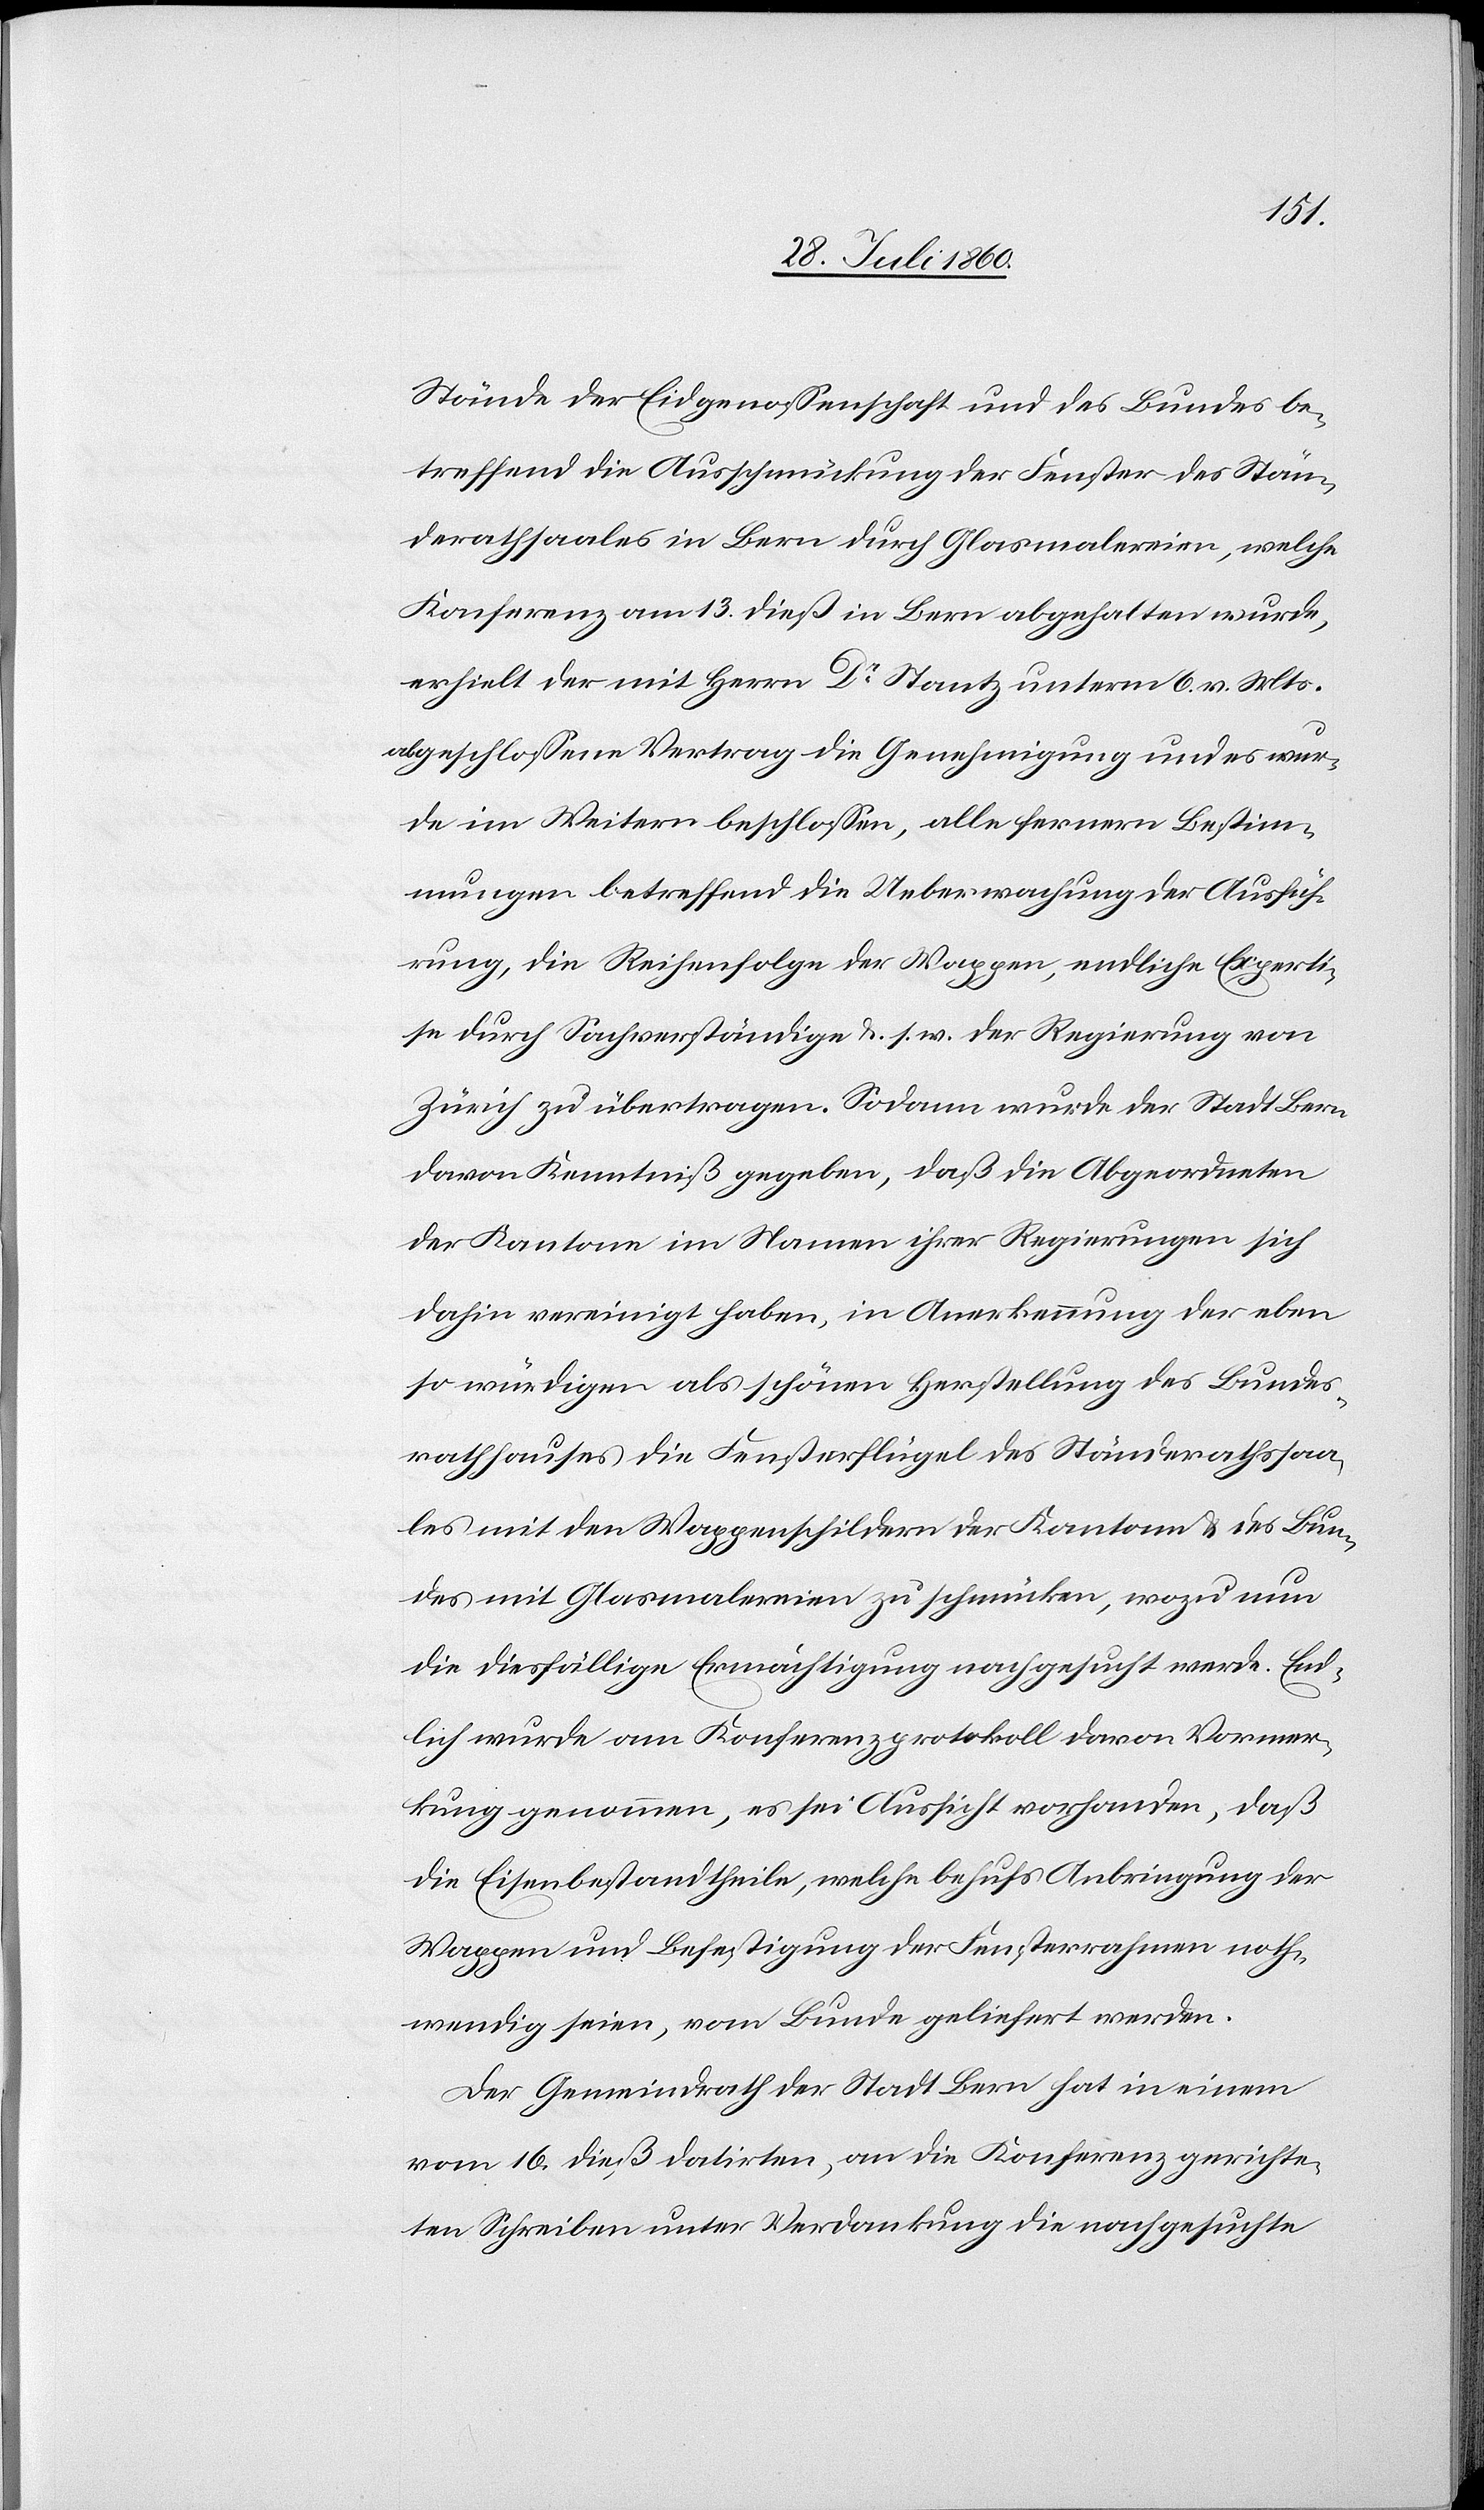
Stände der Eidgenossenschaft und des Bundes be¬
treffend die Ausschmückung der Fenster des Stän¬
derathsaales in Bern durch Glasmalereien, welche
Konferenz am 13. dß. in Bern abgehalten wurde,
erhielt der mit Herrn Dr Stantz unterm 6. v. Mts.
abgeschlossene Vertrag die Genehmigung und es wur¬
de im Weitern beschlossen, alle fernern Bestim¬
mungen betreffend die Ueberwachung der Ausfüh¬
rung, die Reihenfolge der Wappen, endliche Experti¬
se durch Sachverständige u. s. w. der Regierung von
Zürich zu übertragen. Sodann wurde der Stadt Bern
davon Kenntniss gegeben, dass die Abgeordneten
der Kantone im Namen ihrer Regierungen sich
dahin vereinigt haben, in Anerkennung der eben
so würdigen als schönen Herstellung des Bundes¬
rathhauses die Fensterflügel des Ständerathssaa¬
les mit den Wappenschildern der Kantone und des Bun¬
des mit Glasmalereien zu schmücken, wozu nun
die diesfällige Ermächtigung nachgesucht werde. End¬
lich wurde am Konferenzprotokolle davon Vormer¬
kung genommen, es sei Aussicht vorhanden, dass
die Eisenbestandtheile, welche behufs Anbringung der
Wappen und Befestigung der Fensterrahmen noth¬
wendig seien, vom Bunde geliefert werden.
Der Gemeindrath der Stadt Bern hat in einem
vom 16. dß datirten, an die Konferenz gerichte¬
ten Schreiben unter Verdankung, die nachgesuchte